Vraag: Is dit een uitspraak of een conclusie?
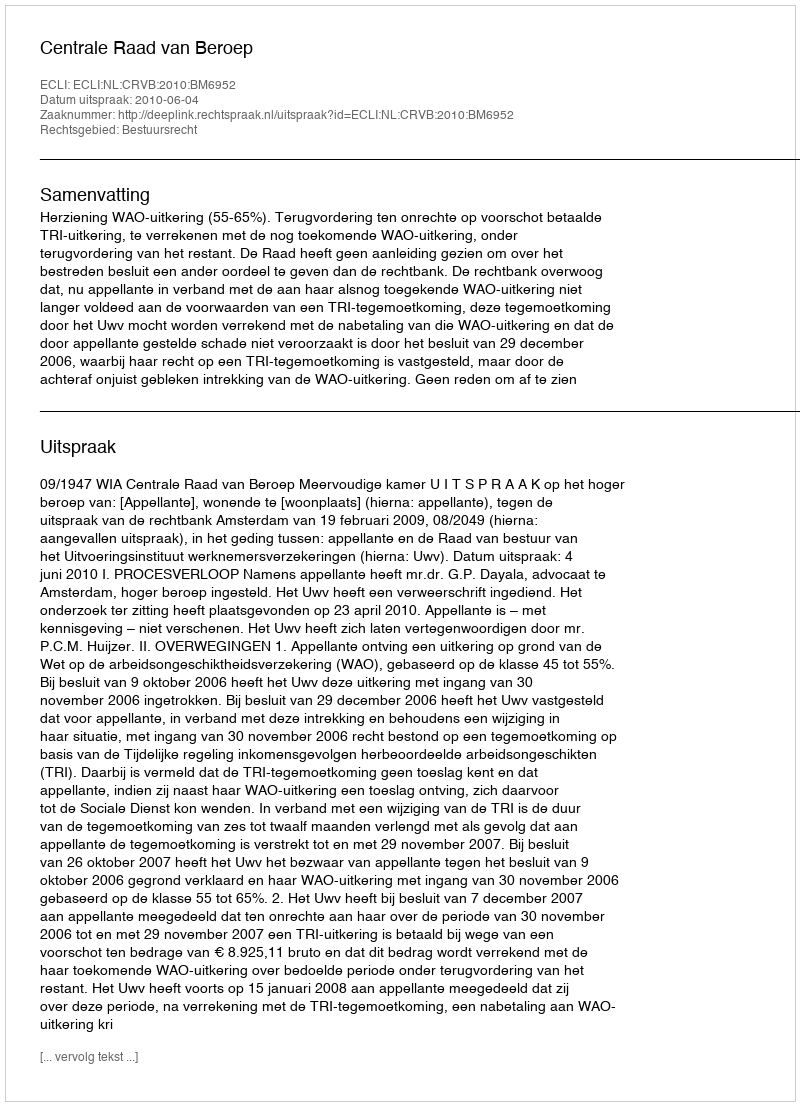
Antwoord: Uitspraak